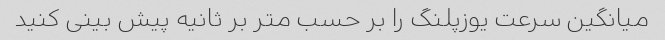
میانگین سرعت یوزپلنگ را بر حسب متر بر ثانیه پیش بینی کنید